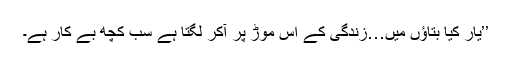
’’یار کیا بتاؤں میں…زندگی کے اس موڑ پر آکر لگتا ہے سب کچھ بے کار ہے۔